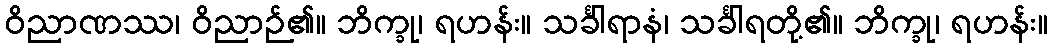
ဝိညာဏဿ၊ ဝိညာဉ်၏။ ဘိက္ခု၊ ရဟန်း။ သင်္ခါရာနံ၊ သင်္ခါရတို့၏။ ဘိက္ခု၊ ရဟန်း။